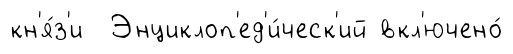
кн'я́з'и Энциклоп'ед'и́ческ'ий вкл'ючено́